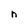
Character: n